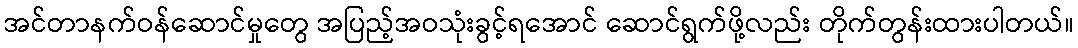
အင်တာနက်ဝန်ဆောင်မှုတွေ အပြည့်အဝသုံးခွင့်ရအောင် ဆောင်ရွက်ဖို့လည်း တိုက်တွန်းထားပါတယ်။